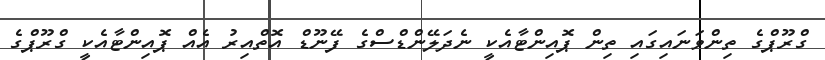
ގްރޫޕްގެ ތިންވަނައިގައި ތިން ޕޮއިންޓާއެކީ ނެދަލޭންޑްސްގެ ފޭނޫޑް އޮތްއިރު އެއް ޕޮއިންޓާއެކީ ގްރޫޕްގެ